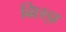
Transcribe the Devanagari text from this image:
बिछड़ा